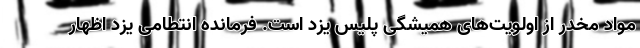
مواد مخدر از اولویت‌های همیشگی پلیس یزد است. فرمانده انتطامی یزد اظهار